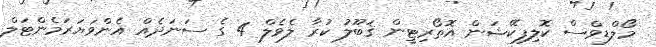
މޯލްޑިވްސް ކޮލިފިކޭޝަން އޮތޯރިޓީން ޤަބޫލު ކުރާ ލެވެލް 4 ގެ ސަނަދެއް އެންވަޔަރަމެންޓަލް